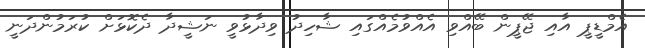
އެމްޑީޕީ އާއި ޖޭޕީން ބޭއްވި އެއްވުމެއްގައި ޝާހިދު ވިދާޅުވީ ނަޝީދާ ދެކޮޅަށް ކުރަމުންދަނީ